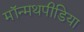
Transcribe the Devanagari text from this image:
मॉन्मथपीडिया